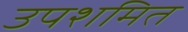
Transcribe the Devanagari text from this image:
उपशमित